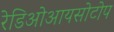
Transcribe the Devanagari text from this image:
रेडिओआयसोटोप